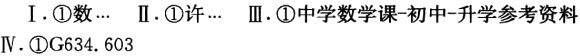
Ⅰ. \textcircled{1}数...  Ⅱ. \textcircled{1}许...  Ⅲ. \textcircled{1}中学数学课-初中-升学参考资料  Ⅳ. \textcircled{1}G634. 603